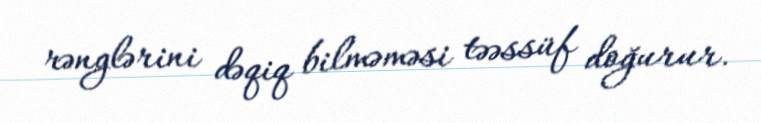
rənglərini dəqiq bilməməsi təəssüf doğurur.